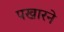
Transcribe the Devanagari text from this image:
पखारने